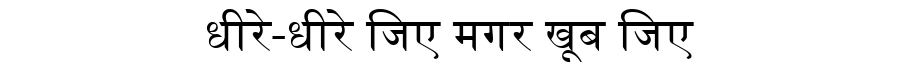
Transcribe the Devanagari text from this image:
धीरे-धीरे जिए मगर खूब जिए